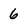
Character: 6